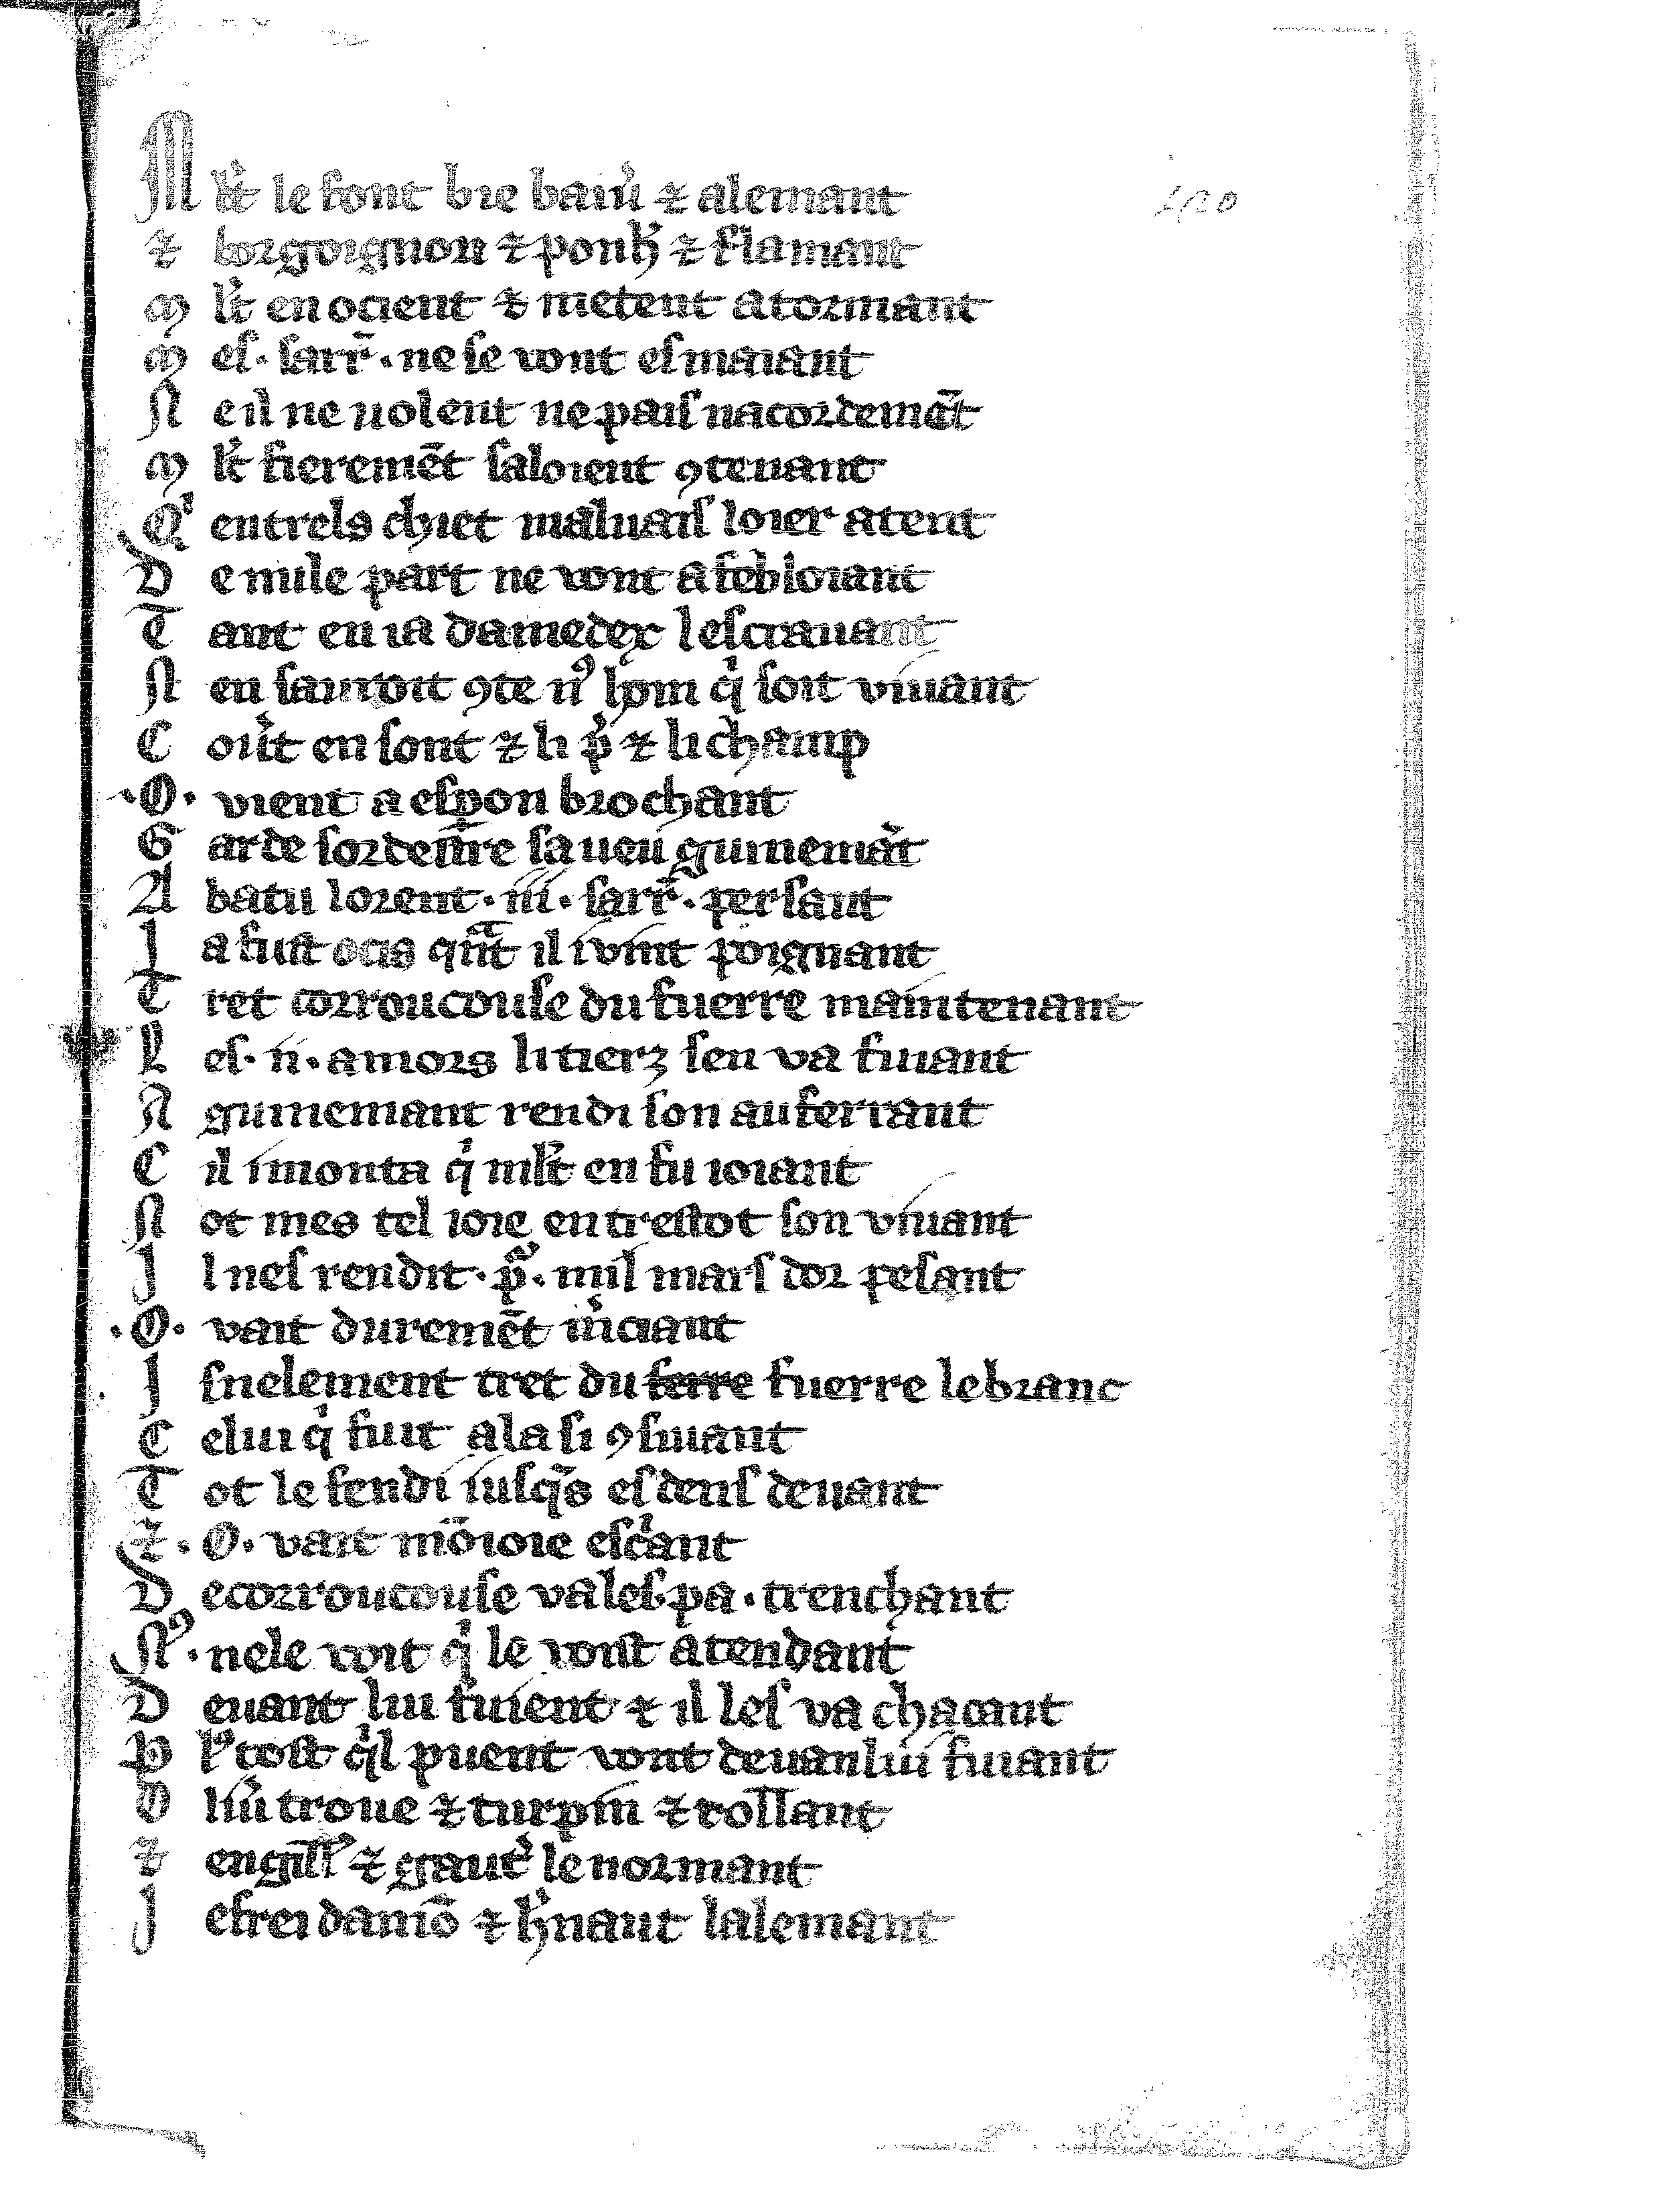
Shelfmark: Vatican, Biblioteca apostolica vaticana, Reg.lat. 1616
Century: 14